Annual administration report of the Civil Veterinary Department of India - 1893-1894
Year: 1893
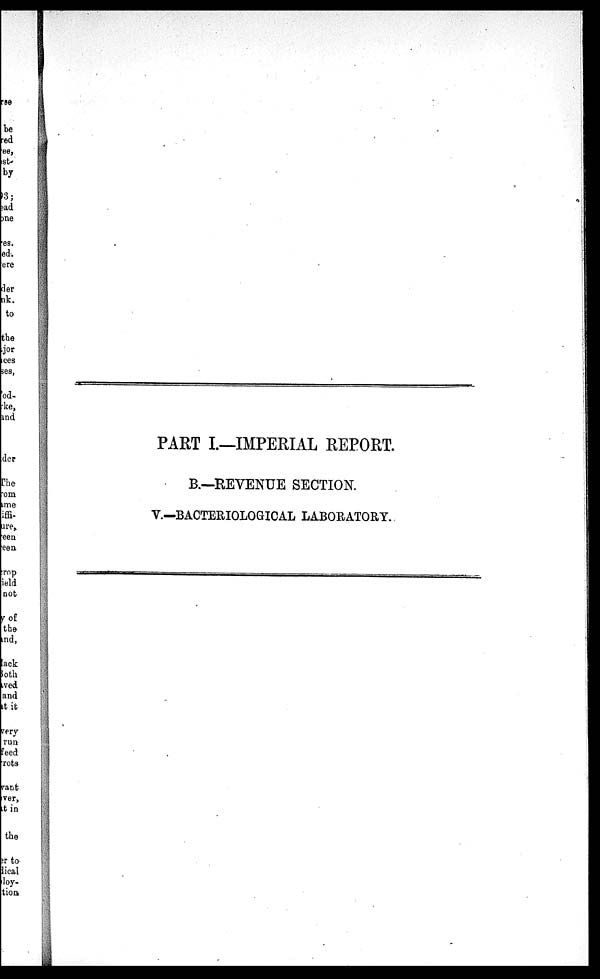
PART I.—IMPERIAL REPORT.
B.—REVENUE SECTION.
V.—BACTERIOLOGICAL LABORATORY.